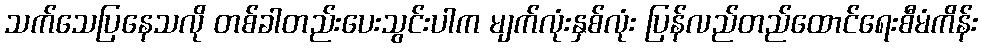
သက်သေပြနေသလို တစ်ခါတည်းပေးသွင်းပါက မျက်လုံးနှစ်လုံး ပြန်လည်တည်ထောင်ရေးစီမံကိန်း